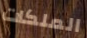
الملكات